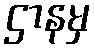
ဌာနမှ